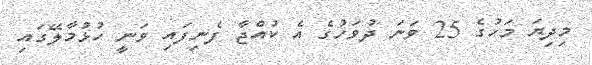
މިދިޔަ މަހުގެ 25 ވަނަ ދުވަހުގެ އެ ކުއްޖާ ފެނިފައި ވަނީ ހުޅުމާލޭގައި